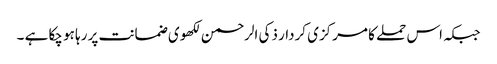
جبکہ اس حملے کا مرکزی کردار ذکی الرحمن لکھوی ضمانت پر رہا ہو چکا ہے ۔